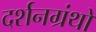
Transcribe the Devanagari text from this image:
दर्शनग्रंथों